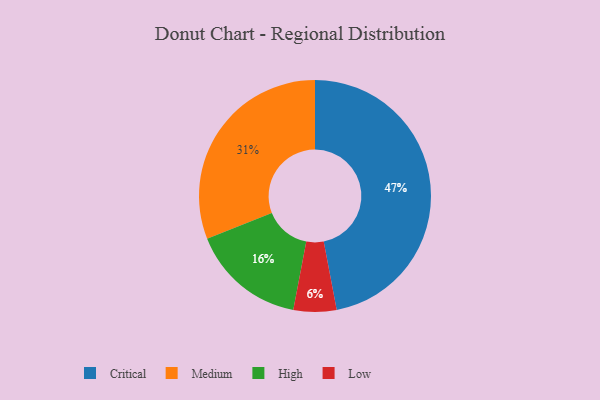
{"axis": {"x": "Category", "y": "Percentage"}, "legend": ["Critical", "High", "Low", "Medium"], "data": [{"x": "Medium", "y": 31, "type": "Medium"}, {"x": "Critical", "y": 47, "type": "Critical"}, {"x": "High", "y": 16, "type": "High"}, {"x": "Low", "y": 6, "type": "Low"}]}